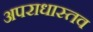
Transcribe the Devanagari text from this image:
अपराधास्तव